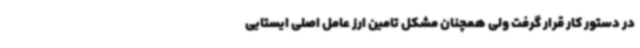
در دستور کار قرار گرفت ولی همچنان مشکل تامین ارز عامل اصلی ایستایی